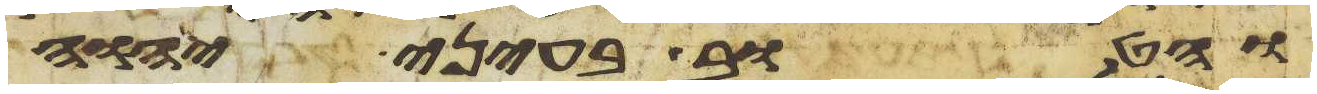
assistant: והטוב בעיני יהוה